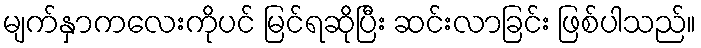
မျက်နှာကလေးကိုပင် မြင်ရဆိုပြီး ဆင်းလာခြင်း ဖြစ်ပါသည်။